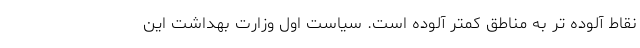
نقاط آلوده تر به مناطق کمتر آلوده است. سیاست اول وزارت بهداشت این